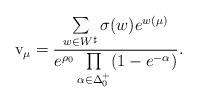
LaTeX: \begin{align*}\mathrm{v}_\mu= \frac{\sum\limits_{w\in W^\sharp}\sigma(w) e^{w(\mu)}}{e^{\rho_0}\prod\limits_{\alpha\in\Delta_0^+}(1-e^{-\alpha})}.\end{align*}